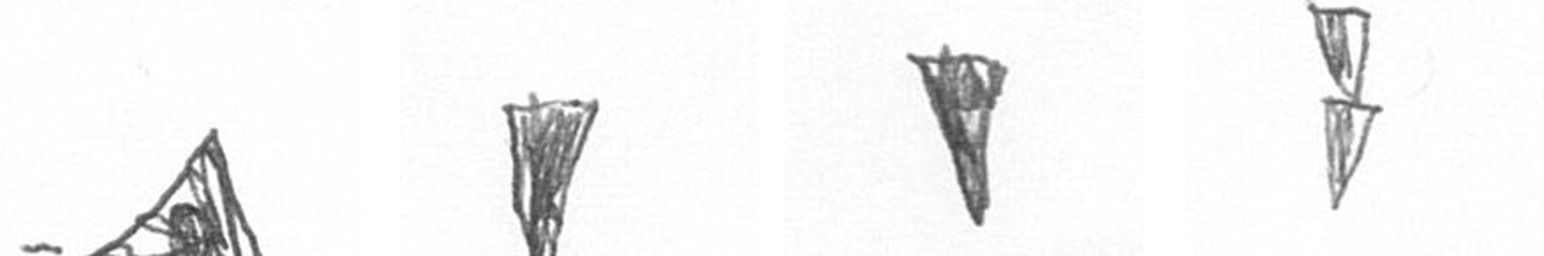
O J J Z